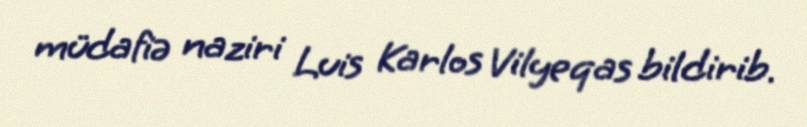
müdafiə naziri Luis Karlos Vilyeqas bildirib.